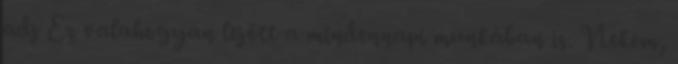
adj Ez valahogyan lejött a mindennapi munkában is. Nekem,